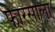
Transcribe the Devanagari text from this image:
फारसाला